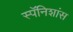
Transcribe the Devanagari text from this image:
स्पॅनिशांस